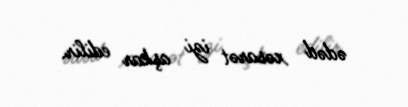
ədəd xəsarət izi aşkar edilir.